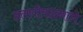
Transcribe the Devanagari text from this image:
हलगीवादनाचे